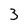
Character: 3